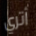
أتري